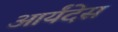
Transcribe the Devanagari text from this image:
आर्यंदेस